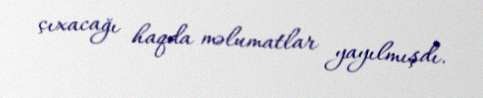
çıxacağı haqda məlumatlar yayılmışdı.